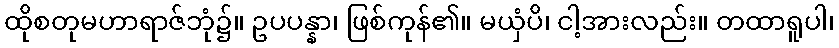
ထိုစတုမဟာရာဇ်ဘုံ၌။ ဥပပန္နာ၊ ဖြစ်ကုန်၏။ မယှံပိ၊ ငါ့အားလည်း။ တထာရူပါ၊